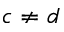
c \neq d